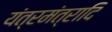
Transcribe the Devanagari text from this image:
यंत्रमंत्रादि